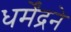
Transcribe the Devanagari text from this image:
धर्मेंद्रने